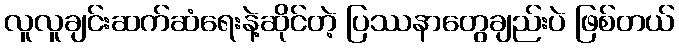
လူလူချင်းဆက်ဆံရေးနဲ့ဆိုင်တဲ့ ပြဿနာတွေချည်းပဲ ဖြစ်တယ်